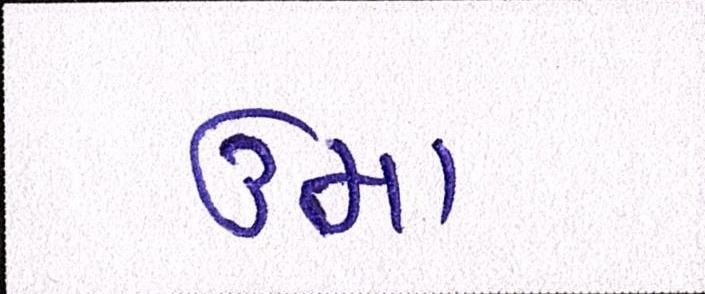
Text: ઉમા